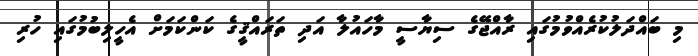
މި ބައްދަލުކުރެއްވުމުގައި ރާއްޖޭގެ ސިޔާސީ މާހައުލާ އަދި ތަރައްޤީގެ ކަންކަމަށް އެހީލިބުމުގައި ހުރި